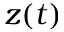
z ( t )